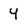
Character: y